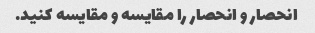
انحصار و انحصار را مقایسه و مقایسه کنید.